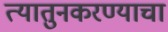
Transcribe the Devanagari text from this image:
त्यातुनकरण्याचा